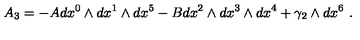
A _ { 3 } = - A d x ^ { 0 } \wedge d x ^ { 1 } \wedge d x ^ { 5 } - B d x ^ { 2 } \wedge d x ^ { 3 } \wedge d x ^ { 4 } + \gamma _ { 2 } \wedge d x ^ { 6 } \ .